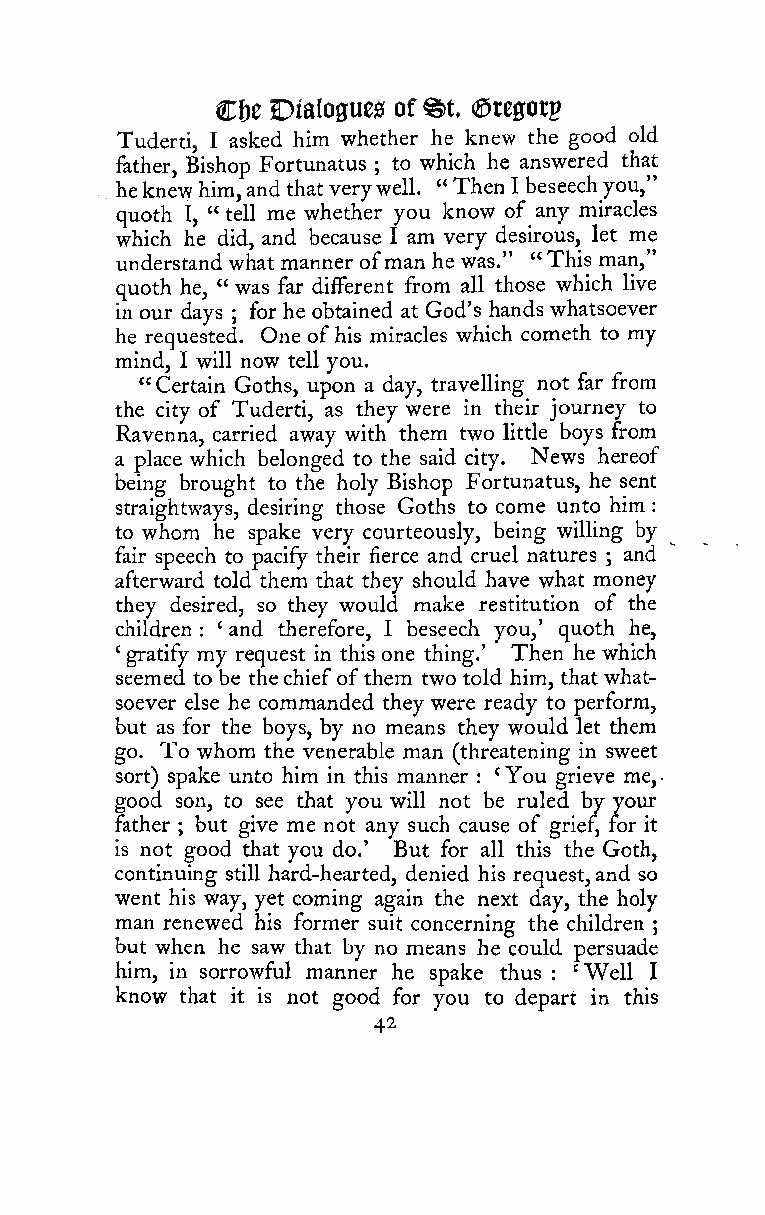
^t
 Cbe DiaIoffue0 of ©regorg
 Tuderti, I asked him whether he knew the good old
 father, Bishop Fortunatus ; to which he answered that
 heknevy him,andthat verywell. "Then I beseechyou,"
 , quoth I, " tell me whether you know of any miracles
 which he did, and because I am very desirous, let me
 understand what manner ofman he was." "This man,"
 quoth he, " was far different from all those which live
 in our days for he obtained at God's hands whatsoever
 he requested; . One ofhis miracles which cometh to my
 mind, I will now tell you.
 " Certain Goths, upon a day, travelling not far from
 the city of Tuderti, as they were in their journey to
 Ravenna, carried away with them two little boys from
 a place which belonged to the said city. News hereof
 being brought to the holy Bishop Fortunatus, he sent
 straightways, desiring those Goths to come unto him :
 to whom he spake very courteously, being willing by
 fair speech to pacify their fierce and cruel natures ; and
 afterward told them that they should have what money
 they desired, so they would make restitution of the
 children : ' and therefore, I beseech you,' quoth he,
 'gratify my request in this one thing.' Then he which
 seemed to be thechiefofthem two told him, that what-
 soever else he commanded they were ready to perform,
 but as for the boys, by no means they would let them
 go. To whom the venerable man (threatening in sweet
 sort) spake unto him in this manner : 'You grieve me, -
 good son, to see that you will not be ruled by your
 father ; but give me not any such cause of grief, for it
 is not good that you do.' But for all this the Goth,
 continuing still hard-hearted, denied his request,and so
 went his way, yet coming again the next day, the holy
 man renewed his former suit concerning the children
 ;
 but when he saw that by no means he could persuade
 him, in sorrowful manner he spake thus : 'Well I
 know that it is not good for you to depart in this
 42